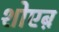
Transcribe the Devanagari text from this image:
शोएब़